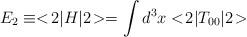
LaTeX: \begin{align*}E_2 \equiv <\!2|H|2\!> = \int d^3x <\!2|T_{00}|2\!> \end{align*}